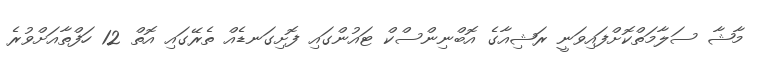
މާޝާ ސަލާމަތްކޮށްފައިވަނީ ރަޝިއާގެ އޮބްނިންސްކް ޓައުންގައި ފޮށިގަނޑެއް ތެރޭގައި އޮތް 12 ހަފްތާއަށްވުރެ